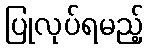
ပြုလုပ်ရမည့်